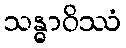
သန္ဓာဝိဿံ